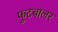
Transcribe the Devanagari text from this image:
फुटबालर